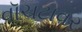
વૉચટાવર